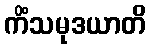
ကိံသမုဒယာတိ